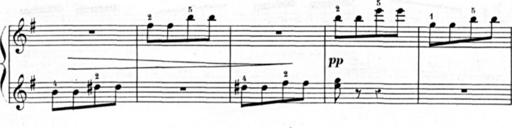
Title: 3 Sonatines, 2nd series
Composer: Blas MarÃ­a de Colomer
Key: B